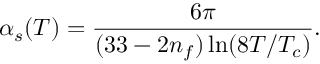
\alpha _ { s } ( T ) = \frac { 6 \pi } { ( 3 3 - 2 n _ { f } ) \ln ( 8 T / T _ { c } ) } .